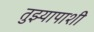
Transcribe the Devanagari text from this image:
तुझ्यापाशी